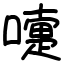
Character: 嚏